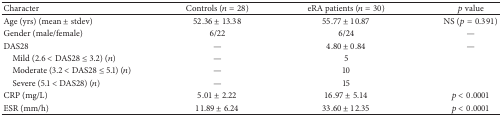
<table><thead><tr><td><b>Character</b></td><td><b>Controls (<i>n</i> = 28)</b></td><td><b>eRA patients (<i>n</i> = 30)</b></td><td><b><i>p</i> value</b></td></tr></thead><tbody><tr><td>Age (yrs) (mean ± stdev)</td><td>52.36 ± 13.38</td><td>55.77 ± 10.87</td><td>NS (<i>p</i> = 0.391)</td></tr><tr><td>Gender (male/female)</td><td>6/22</td><td>6/24</td><td>—</td></tr><tr><td>DAS28</td><td>—</td><td>4.80 ± 0.84</td><td>—</td></tr><tr><td> Mild (2.6 &lt; DAS28 ≤ 3.2) (<i>n</i>)</td><td>—</td><td>5</td><td> </td></tr><tr><td> Moderate (3.2 &lt; DAS28 ≤ 5.1) (<i>n</i>)</td><td>—</td><td>10</td><td> </td></tr><tr><td> Severe (5.1 &lt; DAS28) (<i>n</i>)</td><td>—</td><td>15</td><td> </td></tr><tr><td>CRP (mg/L)</td><td>5.01 ± 2.22</td><td>16.97 ± 5.14</td><td><i>p</i> &lt; 0.0001</td></tr><tr><td>ESR (mm/h)</td><td>11.89 ± 6.24</td><td>33.60 ± 12.35</td><td><i>p</i> &lt; 0.0001</td></tr></tbody></table>